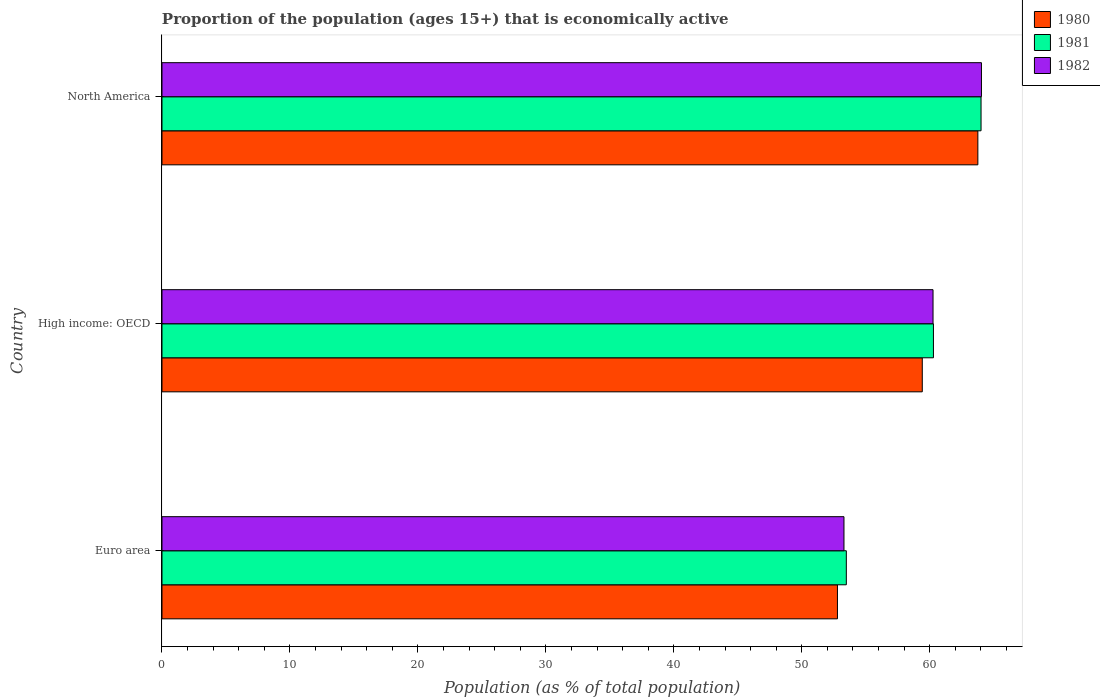
| Country | 1980 | 1981 | 1982 |
 | --- | --- | --- | --- |
 | Euro area | 52.8 | 53.5 | 53.3 |
 | High income: OECD | 59.4 | 60.3 | 60.3 |
 | North America | 63.8 | 64 | 64 |